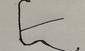
Signature authenticity: forged